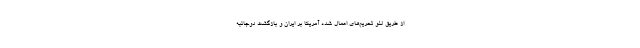
از طریق لغو تحریم‌های اعمال شده آمریکا بر ایران و بازگشت دوجانبه